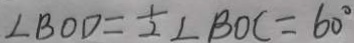
\angle B O D = \frac { 1 } { 2 } \angle B O C = 6 0 ^ { \circ }